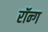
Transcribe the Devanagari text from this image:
रॉन्ग